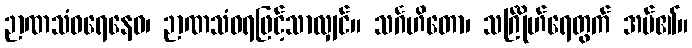
ဉာဏသံဝရေနေဝ၊ ဉာဏသံဝရဖြင့်သာလျှင်။ သင်္ဂဟိတော၊ သင်္ဂြိုဟ်ရေတွက် အပ်၏။